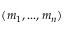
( m _ { 1 } , . . . , m _ { n } )